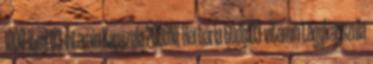
1000 15ml D3-vitamin Kapszula 2000NE Herbária 60db D3-vitamin Lágykapszula